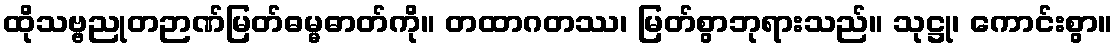
ထိုသဗ္ဗညုတဉာဏ်မြတ်ဓမ္မဓာတ်ကို။ တထာဂတဿ၊ မြတ်စွာဘုရားသည်။ သုဋ္ဌု၊ ကောင်းစွာ။